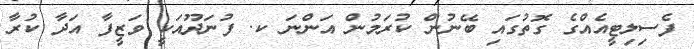
ފެސިލިޓީއެއްގެ ގޮތުގައި ބޭނުން ކުރަމުން އަންނަ ކ. ފުނަދޫއަކީ ވަޒީފާ އަދާ ކުރާ